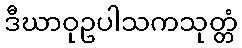
ဒီဃာဝုဥပါသကသုတ္တံ